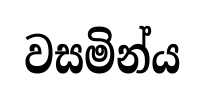
වසමින්ය